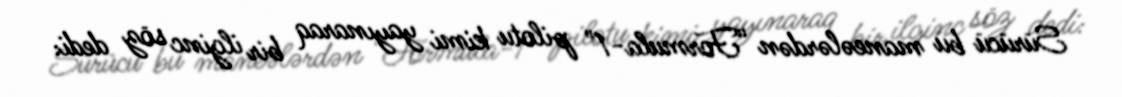
Sürücü bu maneələrdən “Formula-1" pilotu kimi yayınaraq bir ilginc söz dedi: